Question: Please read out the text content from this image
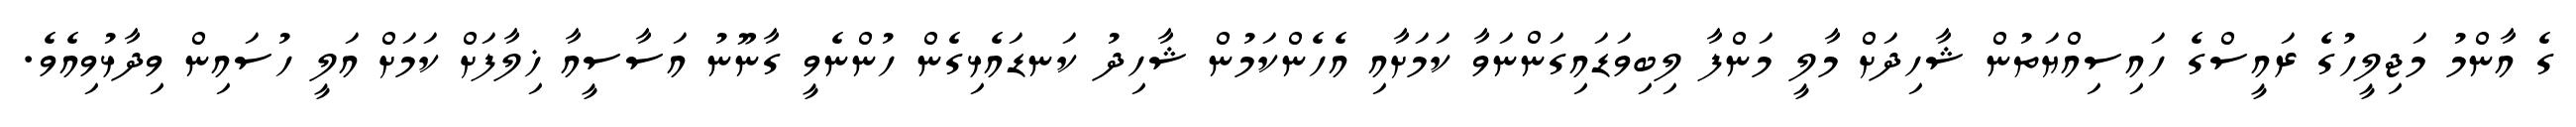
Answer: ގެ އާންމު މަޖިލީހުގެ ރައީސްގެ ހައިސިއްޔަތުން ޝާހިދަށް މާލީ މަންފާ ލިބިވަޑައިގަންނަވާ ކަމަށާއި އެހެންކަމުން ޝާހިދު ކަނޑައެޅިގެން ހުންނެވީ ގާނޫނު އަސާސީއާ ޚިލާފަށް ކަމަށް އަލީ ހުސައިން ވިދާޅުވިއެވެ.